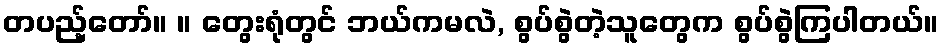
တပည့်တော်။ ။ တွေးရုံတွင် ဘယ်ကမလဲ, စွပ်စွဲတဲ့သူတွေက စွပ်စွဲကြပါတယ်။